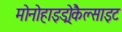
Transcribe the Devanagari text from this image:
मोनोहाइड्रोकैल्साइट